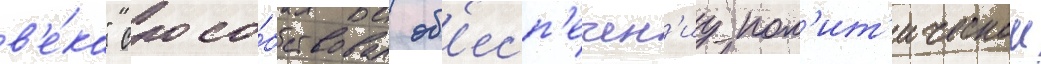
в'е́ка" спосо́бствовал об'есп'ечен'иу пол'ит'ическои